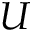
U